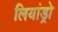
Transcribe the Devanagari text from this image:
लियांड्रो